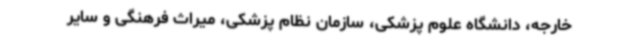
خارجه، دانشگاه علوم پزشکی، سازمان نظام پزشکی، میراث فرهنگی و سایر